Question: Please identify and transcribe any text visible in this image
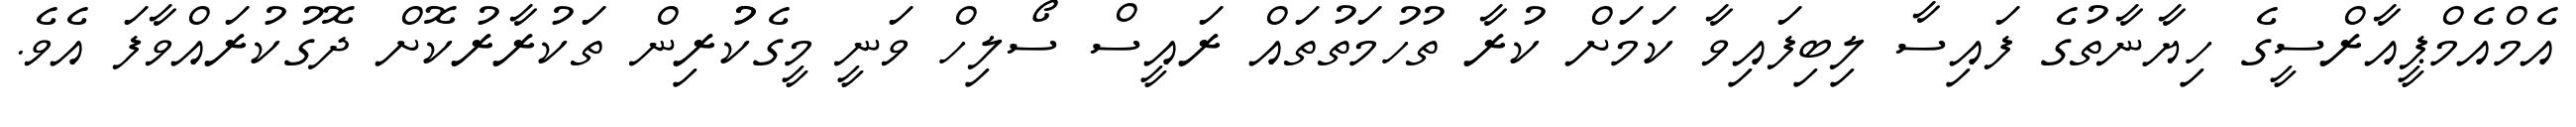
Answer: އެމްއެމްޕީއާރްސީގެ ހިޔާނާތުގެ ފައިސާ ލިބިފައިވާ ކަމަށް ކުރާ ތުހުމަތުތައް ރައީސް ސޯލިހް ވަނީ މީގެކުުރިން ތަކުރާރުކޮށް ދޮގުކުރައްވާފަ އެވެ.